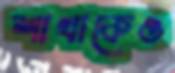
শাখাকেও